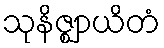
သုနိဇ္ဈာယိတံ